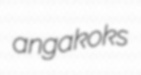
angakoks